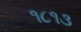
૧૮૧૩